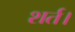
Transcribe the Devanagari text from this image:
शर्त।